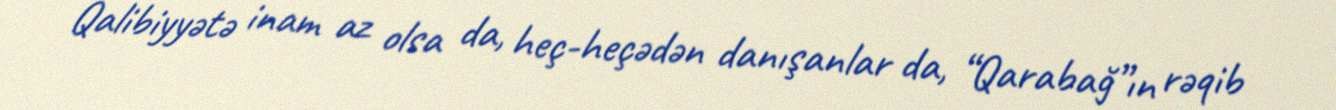
Qalibiyyətə inam az olsa da, heç-heçədən danışanlar da, “Qarabağ”ın rəqib